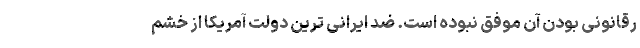
رقانونی بودن آن موفق نبوده است. ضد ایرانی ترین دولت آمریکا از خشم